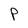
Character: P